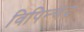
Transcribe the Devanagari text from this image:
विपिन्चंद्र